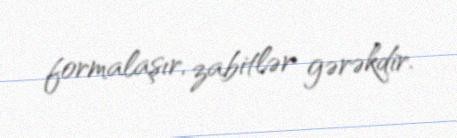
formalaşır, zabitlər gərəkdir.